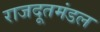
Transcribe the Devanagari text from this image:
राजदूतमंडल